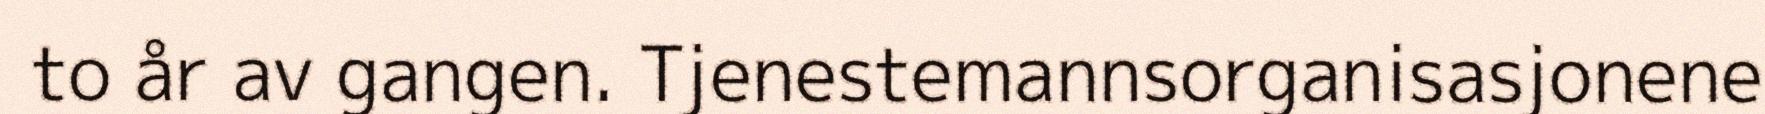
to år av gangen. Tjenestemannsorganisasjonene